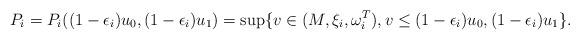
LaTeX: \begin{align*}P_i=P_i((1-\epsilon_i)u_0, (1-\epsilon_i) u_1)=\sup\{v\in (M, \xi_i, \omega^T_i), v\leq (1-\epsilon_i)u_0, (1-\epsilon_i) u_1\}. \end{align*}